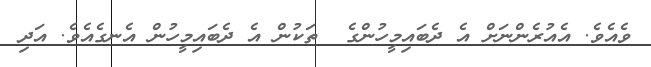
ވެއެވެ. އެއުރެންނަށް އެ ދެބައިމީހުންގެ  ތަކުން އެ ދެބައިމީހުން އެނގެއެވެ. އަދި